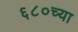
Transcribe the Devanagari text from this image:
६८०च्या